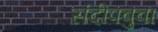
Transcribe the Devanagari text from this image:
संदीपबुवा